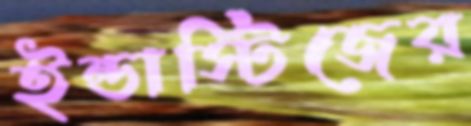
ইন্ডাস্টিজের